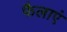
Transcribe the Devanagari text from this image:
फैलाएं